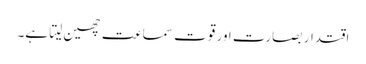
اقتدار بصارت اور قوت سماعت چھین لیتا ہے۔